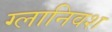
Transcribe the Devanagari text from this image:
ग्लानिवश